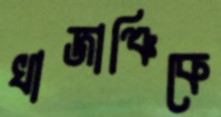
খাজাঞ্চিকে